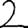
Digit: 2